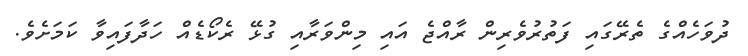
ދުވަހެއްގެ ތެރޭގައި ފަތުރުވެރިން ރާއްޖެ އައި މިންވަރާއި ގުޅޭ ރެކޯޑެއް ހަދާފައިވާ ކަމަށެވެ.